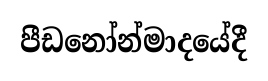
පීඩනෝන්මාදයේදී